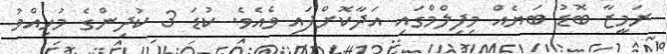
ރަމީޒާ ބޮޑު ބަޔެއް މިފިލްމްގައި އަދާކޮށްފައި ވެއެވެ. ކުޑަ 3 ކުދިންގެ މުހިއްމު